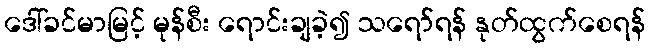
ဒေါ်ခင်မာမြင့် မုန်စီး ရောင်းချခဲ့၍ သရော်ရန် နုတ်ထွက်စေရန်